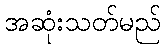
အဆုံးသတ်မည်